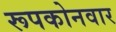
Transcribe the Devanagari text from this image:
रूपकोनवार